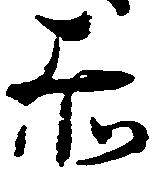
赤